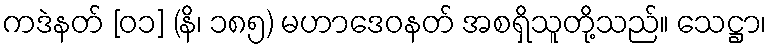
ကဒဲနတ် [၀၁] (နိ၊ ၁၈၅) မဟာဒေဝနတ် အစရှိသူတို့သည်။ သေဋ္ဌာ၊